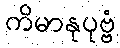
ကိမာနုပုဗ္ဗံ